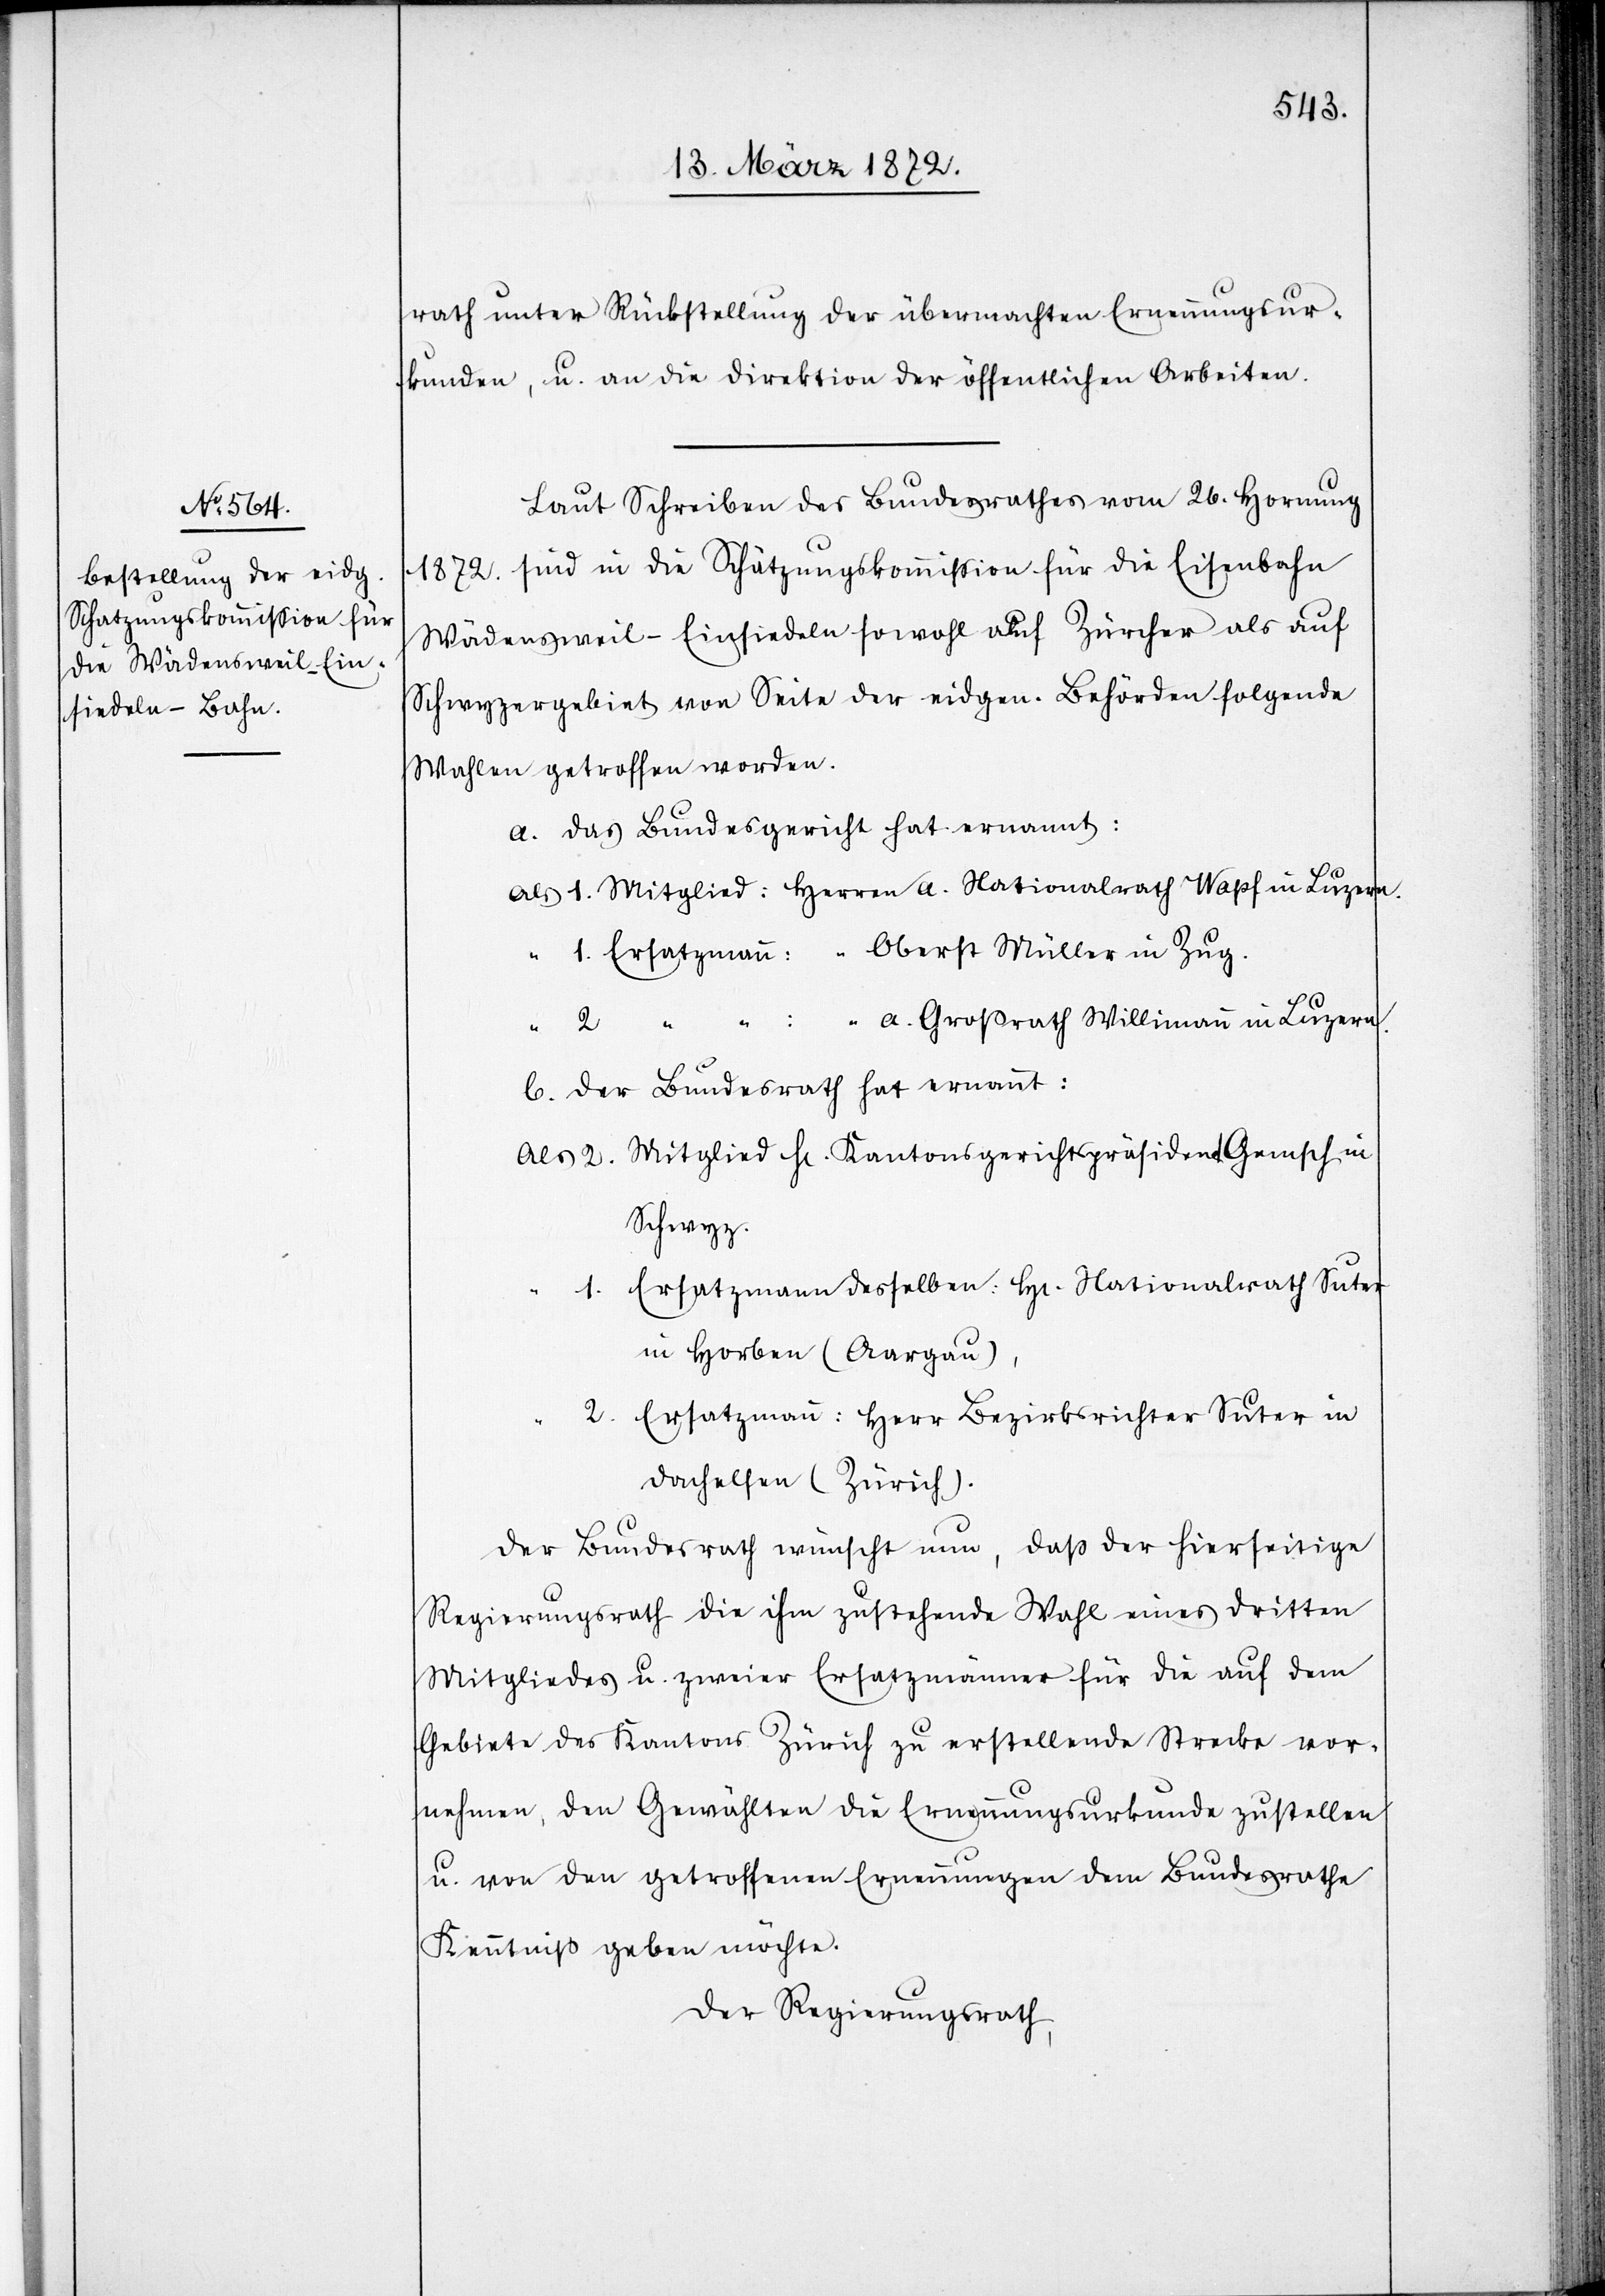
rath unter Rückstellung der übermachten Ernennungsur¬
kunden, u. an die Direktion der öffentlichen Arbeiten.
Laut Schreiben des Bundesrathes vom 26. Hornung
1872. sind in die Schätzungskommission für die Eisenbahn
Wädensweil–Einsiedeln sowohl auf Zürcher als auf
Schwyzergebiet von Seite der eidgen. Behörden folgende
Wahlen getroffen worden.
a. Das Bundesgericht hat ernannt:
a. Großrath Willimann in Luzern.
2.
1.
2.
b. Der Bundesrath hat ernannt:
Schwyz.
1.
Dachelsen (Zürich).
Der Bundesrath wünscht nun, daß der hierseitige
Regierungsrath die ihm zustehende Wahl eines dritten
Mitgliedes u. zweier Ersatzmänner für die auf dem
Gebiete des Kantons Zürich zu erstellende Strecke vor¬
nehmen, den Gewählten die Ernennungsurkunde zustellen
u. von den getroffenen Ernennungen dem Bundesrathe
Kenntniß geben möchte.
Der Regierungsrath,